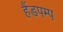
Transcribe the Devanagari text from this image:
हैंडपम्प